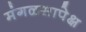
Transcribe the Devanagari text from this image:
मंगळसापेक्ष